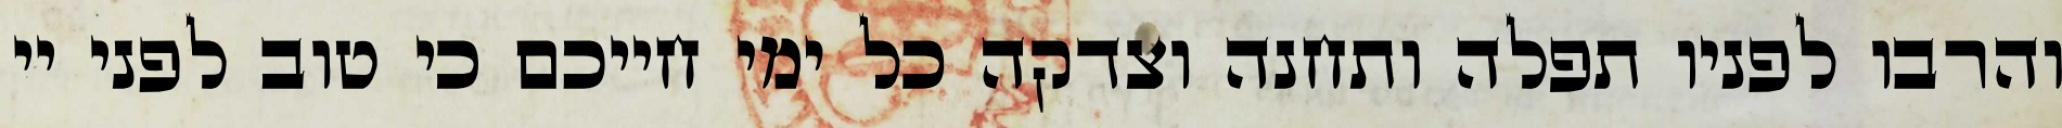
והרבו לפניו תפלה ותחנה וצדקה כל ימי חייכם כי טוב לפני יי